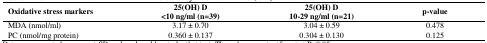
<table><thead><tr><td><b>Oxidative stress markers</b></td><td><b>25(OH) D&lt;10 ng/ml (n=39)</b></td><td><b>25(OH) D10-29 ng/ml (n=21)</b></td><td><b>p-value</b></td></tr></thead><tbody><tr><td>MDA (nmol/ml)</td><td>3.17 ± 0.70</td><td>3.04 ± 0.59</td><td>0.478</td></tr><tr><td>PC (nmol/mg protein)</td><td>0.360 ± 0.137</td><td>0.304 ± 0.130</td><td>0.125</td></tr></tbody></table>